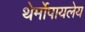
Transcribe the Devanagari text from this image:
थेर्मोपायलेय